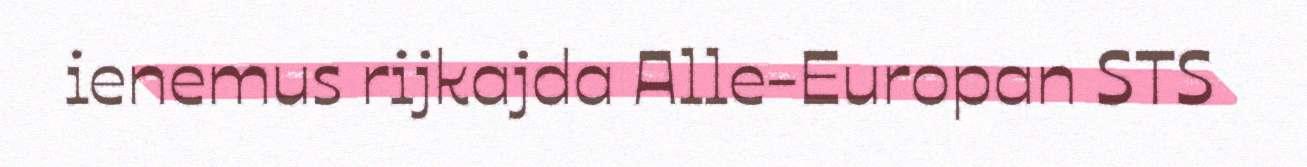
ienemus rijkajda Alle-Europan STS